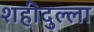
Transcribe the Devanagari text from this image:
शहीदुल्ला